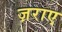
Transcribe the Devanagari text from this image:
ज़राए